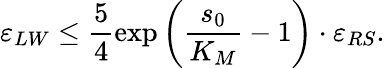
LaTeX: \varepsilon_{LW}\leq\frac{5}{4}\exp\left(\frac{s_{0}}{K_{M}}-1\right)\cdot\varepsilon_{RS}.